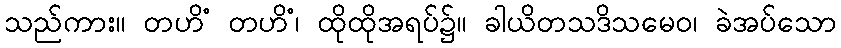
သည်ကား။ တဟိံ တဟိံ၊ ထိုထိုအရပ်၌။ ခါယိတသဒိသမေဝ၊ ခဲအပ်သော